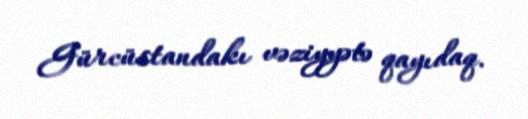
Gürcüstandakı vəziyyətə qayıdaq.